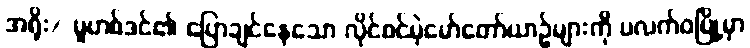
အရိုး/ မူဟစ်ဒင်၏ ပြောချင်နေသော လိုင်စင်မဲ့မော်တော်ယာဉ်များကို ပလက်ဝမြို့မှာ